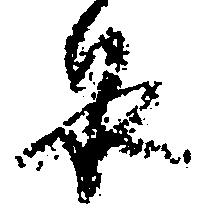
泉